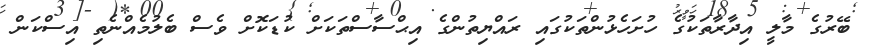
ބޭރުގެ މާލީ އިދާރާތަކުގެ ހުށަހެޅުންތަކުގައި ރައްޔިތުންގެ އިޙްސާސްތަކަށް ކުޑަކޮށް ވެސް ބެލުމެއްނެތި އިސްކަން